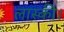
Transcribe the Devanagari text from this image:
लास्की।